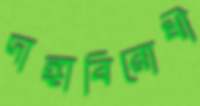
দাঙ্গাবিরোধী